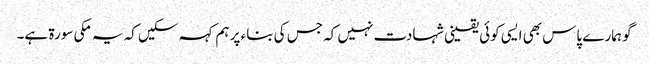
گو ہمارے پاس بھی ایسی کوئی یقینی شہادت نہیں کہ جس کی بناء پر ہم کہہ سکیں کہ یہ مکی سورۃ ہے۔